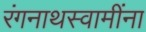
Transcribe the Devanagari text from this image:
रंगनाथस्वामींना